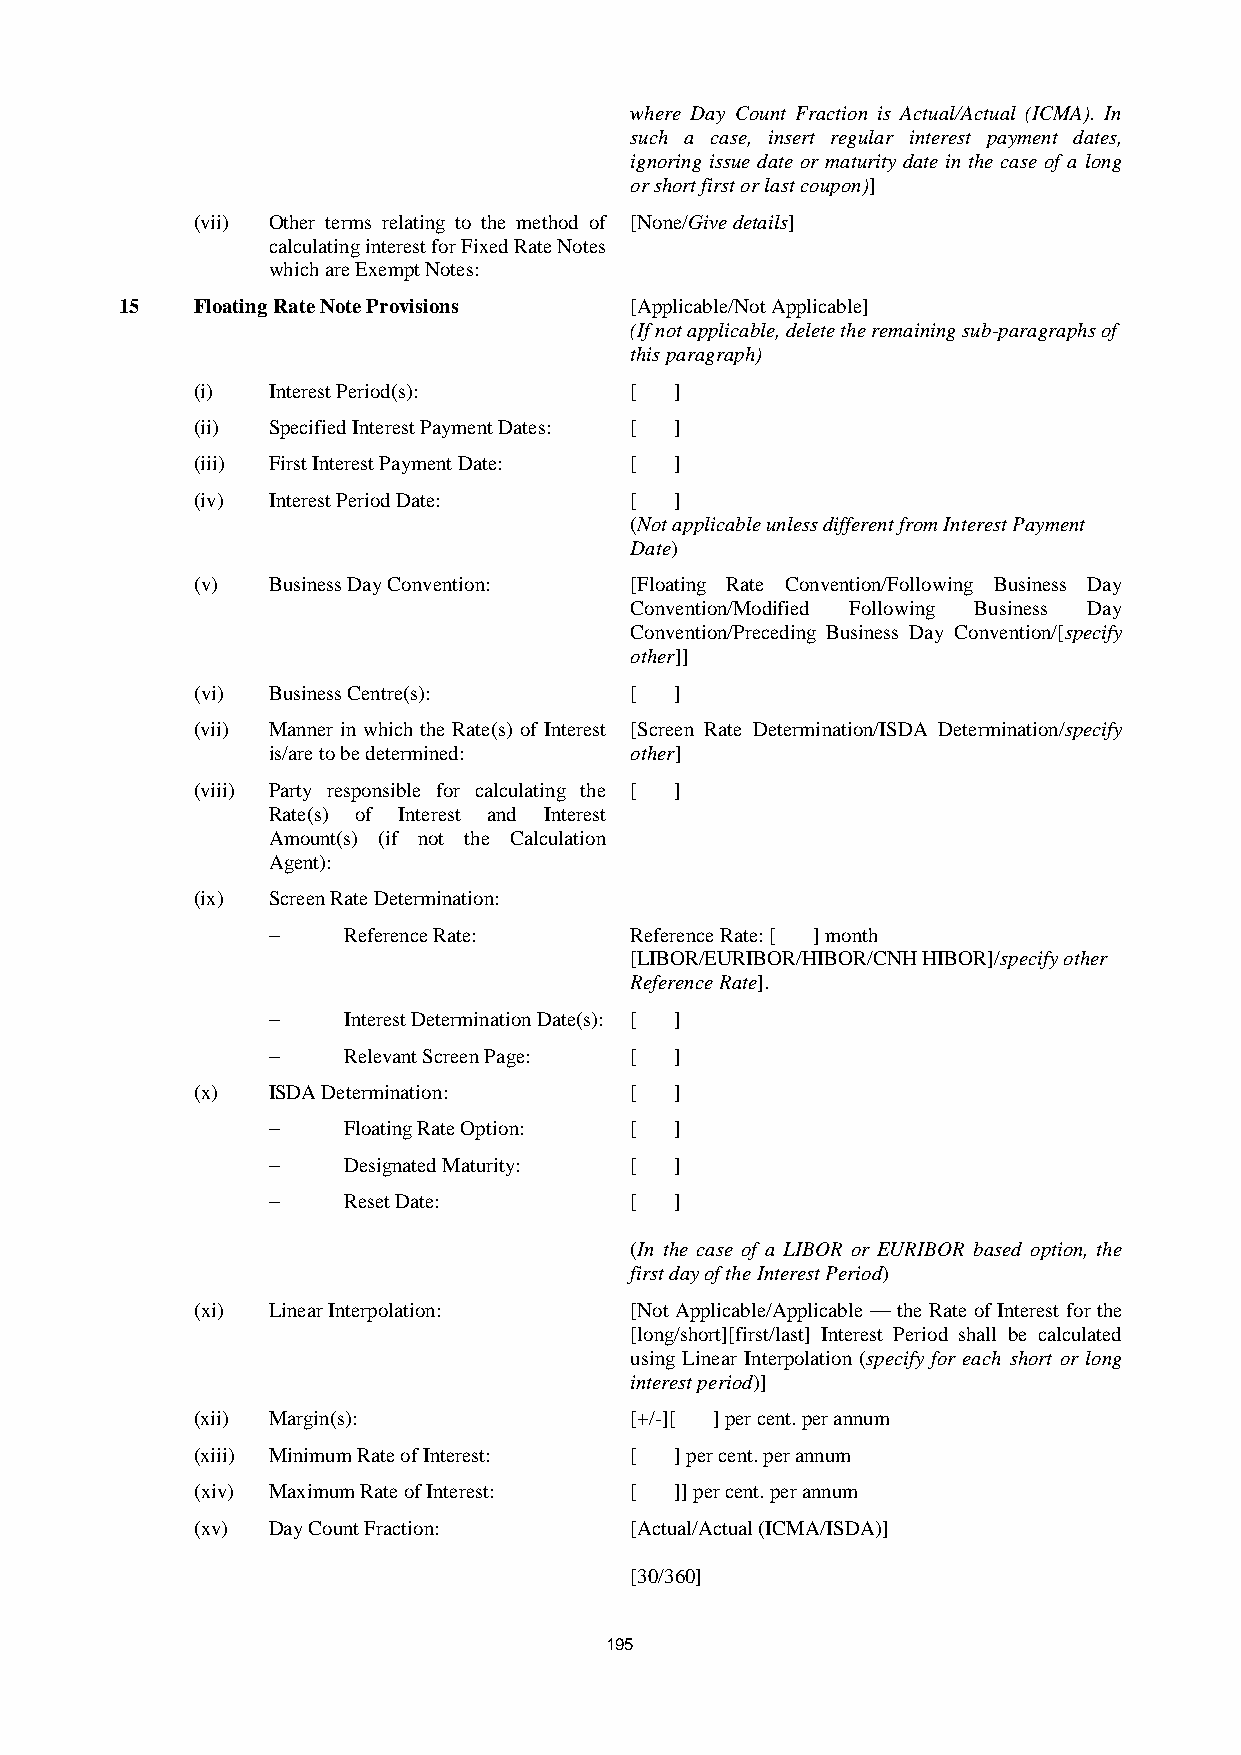
where Day Count Fraction is Actual/Actual (ICMA). In
 such a case, insert regular interest payment dates,
 ignoring issue date or maturity date in the case of a long
 or short first or last coupon)]
 (vii) Other terms relating to the method of [None/Give details]
 calculating interest for Fixed Rate Notes
 which are Exempt Notes:
 15   Floating Rate Note Provisions [Applicable/Not Applicable]
 (If not applicable, delete the remaining sub-paragraphs of
 this paragraph)
 (i)  Interest Period(s):     [  ]
 (ii) Specified Interest Payment Dates: [ ]
 (iii) First Interest Payment Date: [ ]
 (iv) Interest Period Date:   [  ]
 (Not applicable unless different from Interest Payment
 Date)
 (v)  Business Day Convention: [Floating Rate Convention/Following Business Day
 Convention/Modified Following Business Day
 Convention/Preceding Business Day Convention/[specify
 other]]
 (vi) Business Centre(s):     [  ]
 (vii) Manner in which the Rate(s) of Interest [Screen Rate Determination/ISDA Determination/specify
 is/are to be determined: other]
 (viii) Party responsible for calculating the [ ]
 Rate(s) of Interest and Interest
 Amount(s) (if not the Calculation
 Agent):
 (ix) Screen Rate Determination:
 ‒    Reference Rate:    Reference Rate: [ ] month
 [LIBOR/EURIBOR/HIBOR/CNH HIBOR]/specify other
 Reference Rate].
 ‒    Interest Determination Date(s): [ ]
 ‒    Relevant Screen Page: [ ]
 (x)  ISDA Determination:     [  ]
 ‒    Floating Rate Option: [ ]
 ‒    Designated Maturity: [ ]
 ‒    Reset Date:        [  ]
 (In the case of a LIBOR or EURIBOR based option, the
 first day of the Interest Period)
 (xi) Linear Interpolation:   [Not Applicable/Applicable — the Rate of Interest for the
 [long/short][first/last] Interest Period shall be calculated
 using Linear Interpolation (specify for each short or long
 interest period)]
 (xii) Margin(s):             [+/-][ ] per cent. per annum
 (xiii) Minimum Rate of Interest: [ ] per cent. per annum
 (xiv) Maximum Rate of Interest: [ ]] per cent. per annum
 (xv) Day Count Fraction:     [Actual/Actual (ICMA/ISDA)]
 [30/360]
 195